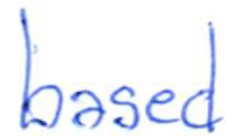
Text: based
Cross-out: clean
Writing tool: ballpoint